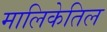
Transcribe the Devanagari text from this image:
मालिकेतिल